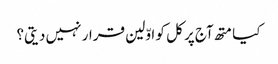
کیا متھ آج پر کل کو اوّلین قرار نہیں دیتی؟